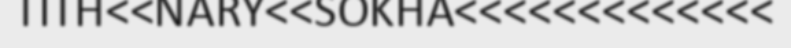
TITH<<NARY<<SOKHA<<<<<<<<<<<<<